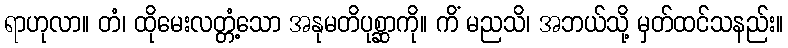
ရာဟုလာ။ တံ၊ ထိုမေးလတ္တံ့သော အနုမတိပုစ္ဆာကို။ ကိံ မညသိ၊ အဘယ်သို့ မှတ်ထင်သနည်း။